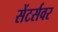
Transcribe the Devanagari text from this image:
सेंटर्सवर